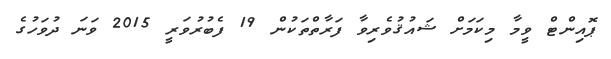
ޕޮއިންޓް ވީމާ މިކަމަށް ޝައުޤުވެރިވާ ފަރާތްތަކުން 19 ފެބުރުވަރީ 2015 ވަނަ ދުވަހުގެ